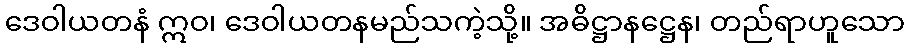
ဒေဝါယတနံ ဣဝ၊ ဒေဝါယတနမည်သကဲ့သို့။ အဓိဋ္ဌာနဋ္ဌေန၊ တည်ရာဟူသော